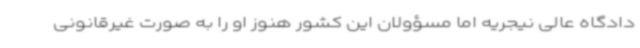
دادگاه عالی نیجریه اما مسؤولان این کشور هنوز او را به صورت غیرقانونی